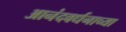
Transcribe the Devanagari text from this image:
आनंदवर्धनाच्या